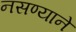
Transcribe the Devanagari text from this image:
नसण्याने